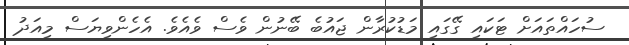
ސުހައްތައަށް ޓަކައި ގޭގައި މަޑުކުރާން ޖައުބެ ބޭނުން ވެސް ވެއެވެ. އެހެންވިޔަސް މިއަދު